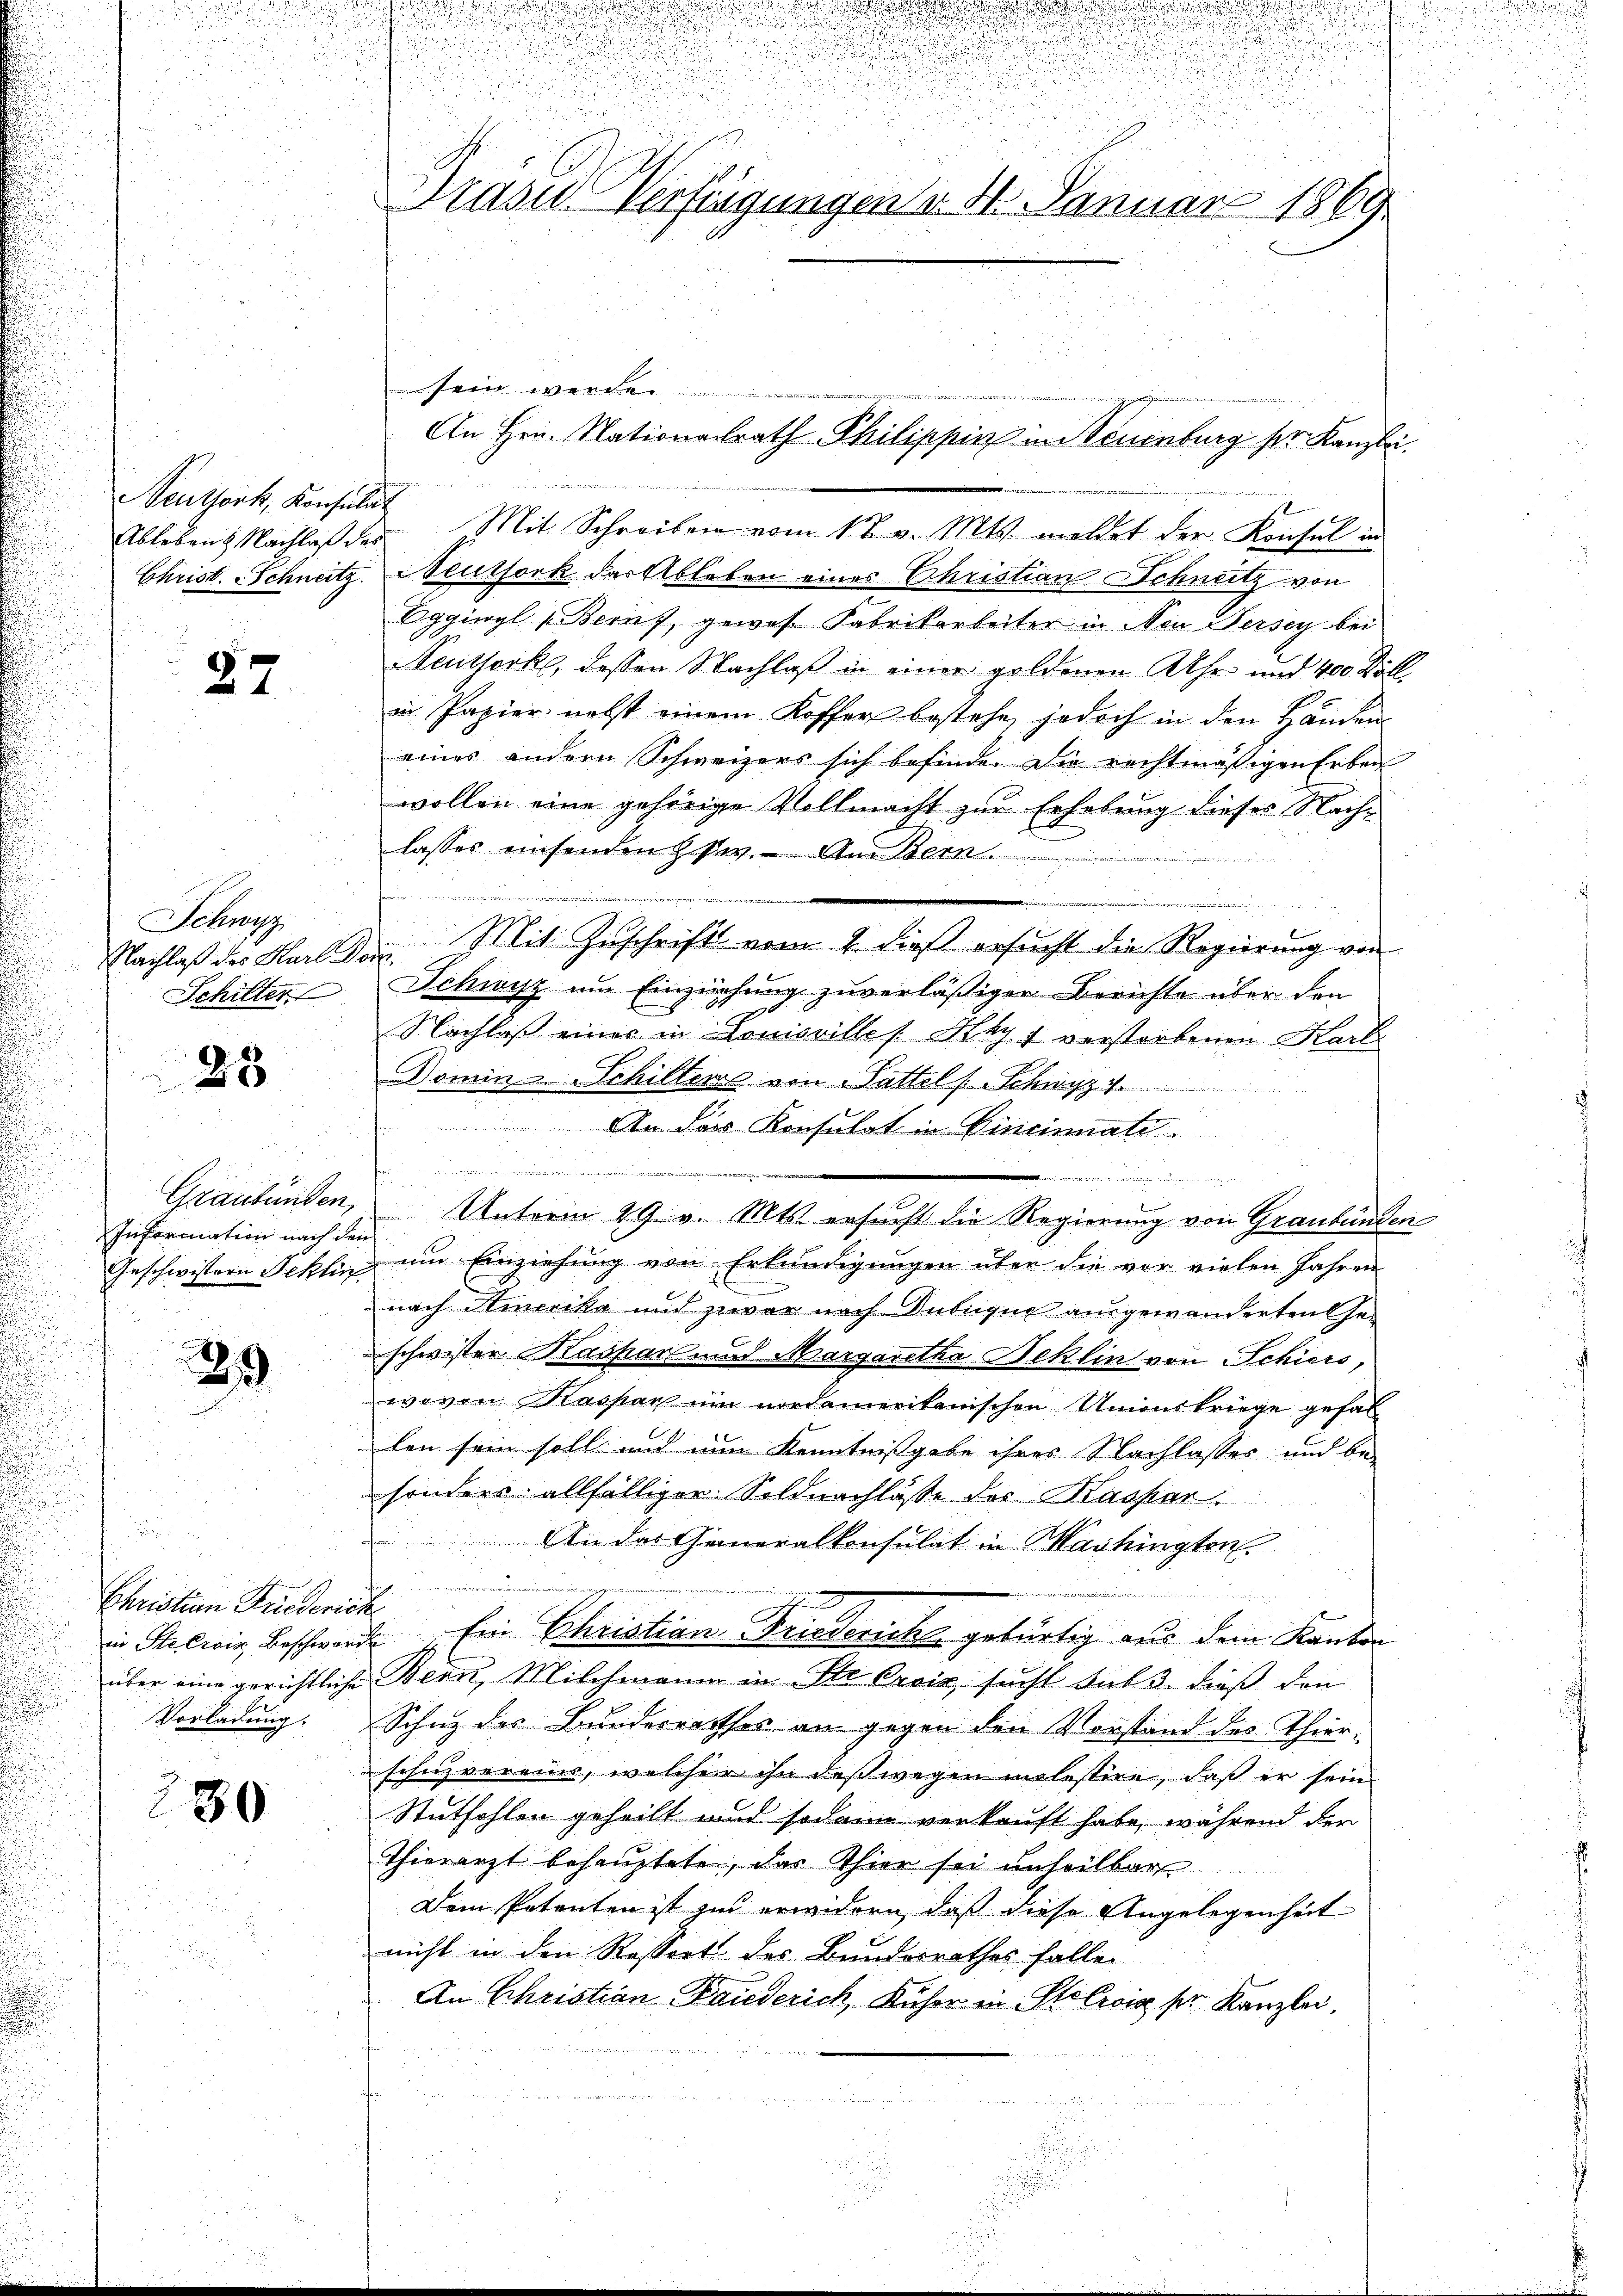
Neuthork, Konsulat
Ableben. Nachlaß des
Christ. Schneitz

27

Sehns
Nachlaß des Karl Dr
Schilter

85

Graubünden,
Information nach den
Geschwistern Fekling

29

Ehristian Friederies
in Stecrois Beschwerd
über eine gerichtliche
Vorladung

280

u

.

Brasie Verfügungen d. 1. Januar 1869

sein werden
Mit Schreiben vom 1t v. Mts. meldet der Konsul in
Neuthork der Ableben eines Christian Schneitz von
Eggiwyl (Bern, gewes Fabrikarbeiter in Neu Fersey bei
Seuthork, dessen Nachlaß in einer goldenen Uhr und 400 Döll
in Papier nebst einem Koffer bestehe, jedoch in den Händen
eines andern Schweizers sich befinde. Die rechtmäßigen Erben
wollen eine gehörige Vollmacht zur Erhebung dieses Nachlasses einsenden Gsw. An Bern.
  in einen der
.
Mit Zuschrift vom 4. dieß ersucht die Regierung von
.
Schwyz im Einziehung zuverläßiger Berichte über den
Nachlaß eines in Louisvilles Kays verstorbenen Karl
Domin-Schilteras von Sattel (Schwyz 7.

An das Konsulat in Cincinnali
.

Unterm 29. v. Mts. ersucht die Regierung von Graubünden
um Einziehung von Erkundigungen über die vor vielen Jahren
nach Amerika und zwar nach Inbegie ausgewanderten Geschwister Kaspar und Margaretha Beklin von Schiers,
wovon Kaspar ein nordamerikanischen Unionskriege gefallen sein soll und nun Kenntnißgabe ihres Nachlasses und be-
sonders allfälliger Soldnachlasse des Kasper
An das Generalkonsulat in Washington.
e
2. Ein Christian Friederich gebürtig aus dem Kanton
Bern, Milchmann in Ste Croix, sucht sub 3. dieß den
Schutz des Bundesrathes an gegen den Vorstand des Thier-
schutz vereins, welcher ihn deßwegen molestire, daß er sein
Stutfohlen geheilt und sodann verkauft habe, während der
Thierarzt behauptete, das Thier sei unheilbar
Dem Petenten ist zu erwidern, daß diese Angelegenheit
nicht in den Rossiert des Bundesrathes falle
An Christian Bauderich, Kücher in Salicia ser Kanzlei,
.

.

An Hrn. Nationalrath Philippin in Neuenburg ser Kanzlei.